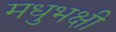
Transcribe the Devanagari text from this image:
मधुभक्षी